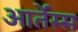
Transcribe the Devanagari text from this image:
आर्तेस्स